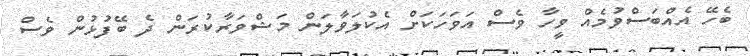
ބެހޭ އެއްބަސްވުމެއް ވީހާ ވެސް އަވަހަކަށް އެކުލަވާލަން މަޝްވަރާކުރަން ދެ ބޭފުޅުން ވެސް